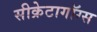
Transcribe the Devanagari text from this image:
सीक्रेटागॉग्स